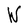
Character: W